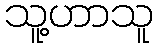
သူ့ဟာသူ